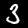
Label: 3